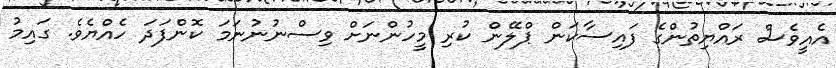
އެއީވެސް ރައްޔިތުންގެ ފައިސާކަން ޕްލޭން ކުރި މީހުންނަށް ވިސްނުނުނަމަ ކޮންފަދަ ހެއްޔެވެ. ގައިމު